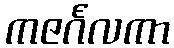
ကဇင်္ဂလကာ